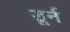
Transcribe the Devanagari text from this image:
डूर्न